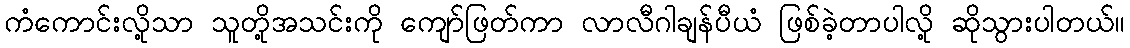
ကံကောင်းလို့သာ သူတို့အသင်းကို ကျော်ဖြတ်ကာ လာလီဂါချန်ပီယံ ဖြစ်ခဲ့တာပါလို့ ဆိုသွားပါတယ်။